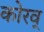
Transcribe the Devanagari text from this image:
कोरव्